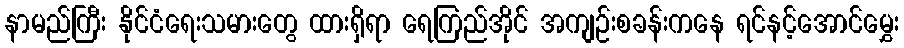
နာမည်ကြီး နိုင်ငံရေးသမားတွေ ထားရှိရာ ရေကြည်အိုင် အကျဉ်းစခန်းကနေ ရင်နင့်အောင်မွှေး